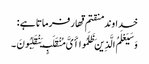
خداوند منقتم قهار فرماتا ہے :
وَسَیَعْلَمُ الَّذِینَ ظَلَمُوا أَیَّ مُنْقَلَبٍ یَنْقَلِبُونَ ۔